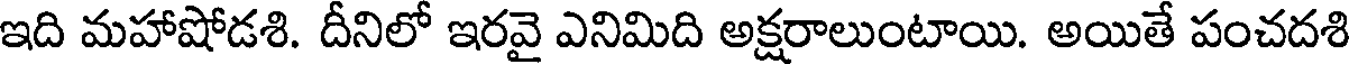
ఇది మహాషోడశి. దీనిలో ఇరవై ఎనిమిది అక్షరాలుంటాయి. అయితే పంచదశి